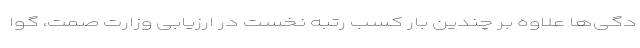
دگی‌ها علاوه بر چندین بار کسب رتبه نخست در ارزیابی وزارت صمت، گوا